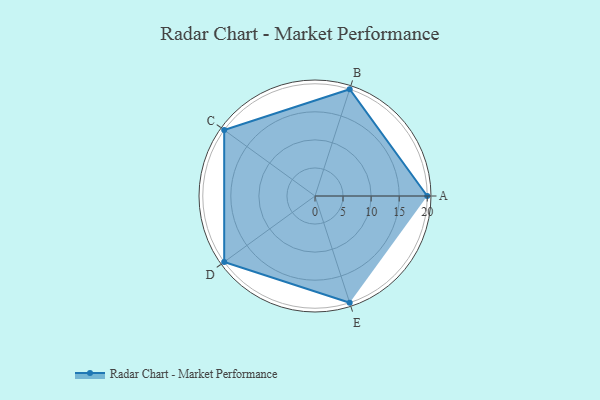
{"axis": {"x": "Skill", "y": "Score"}, "legend": ["Profile"], "data": [{"x": "A", "y": 20, "type": "Profile"}, {"x": "B", "y": 20, "type": "Profile"}, {"x": "C", "y": 20, "type": "Profile"}, {"x": "D", "y": 20, "type": "Profile"}, {"x": "E", "y": 20, "type": "Profile"}]}